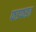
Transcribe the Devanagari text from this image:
फडफडत